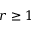
r \geq 1